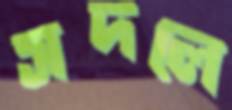
সদলে